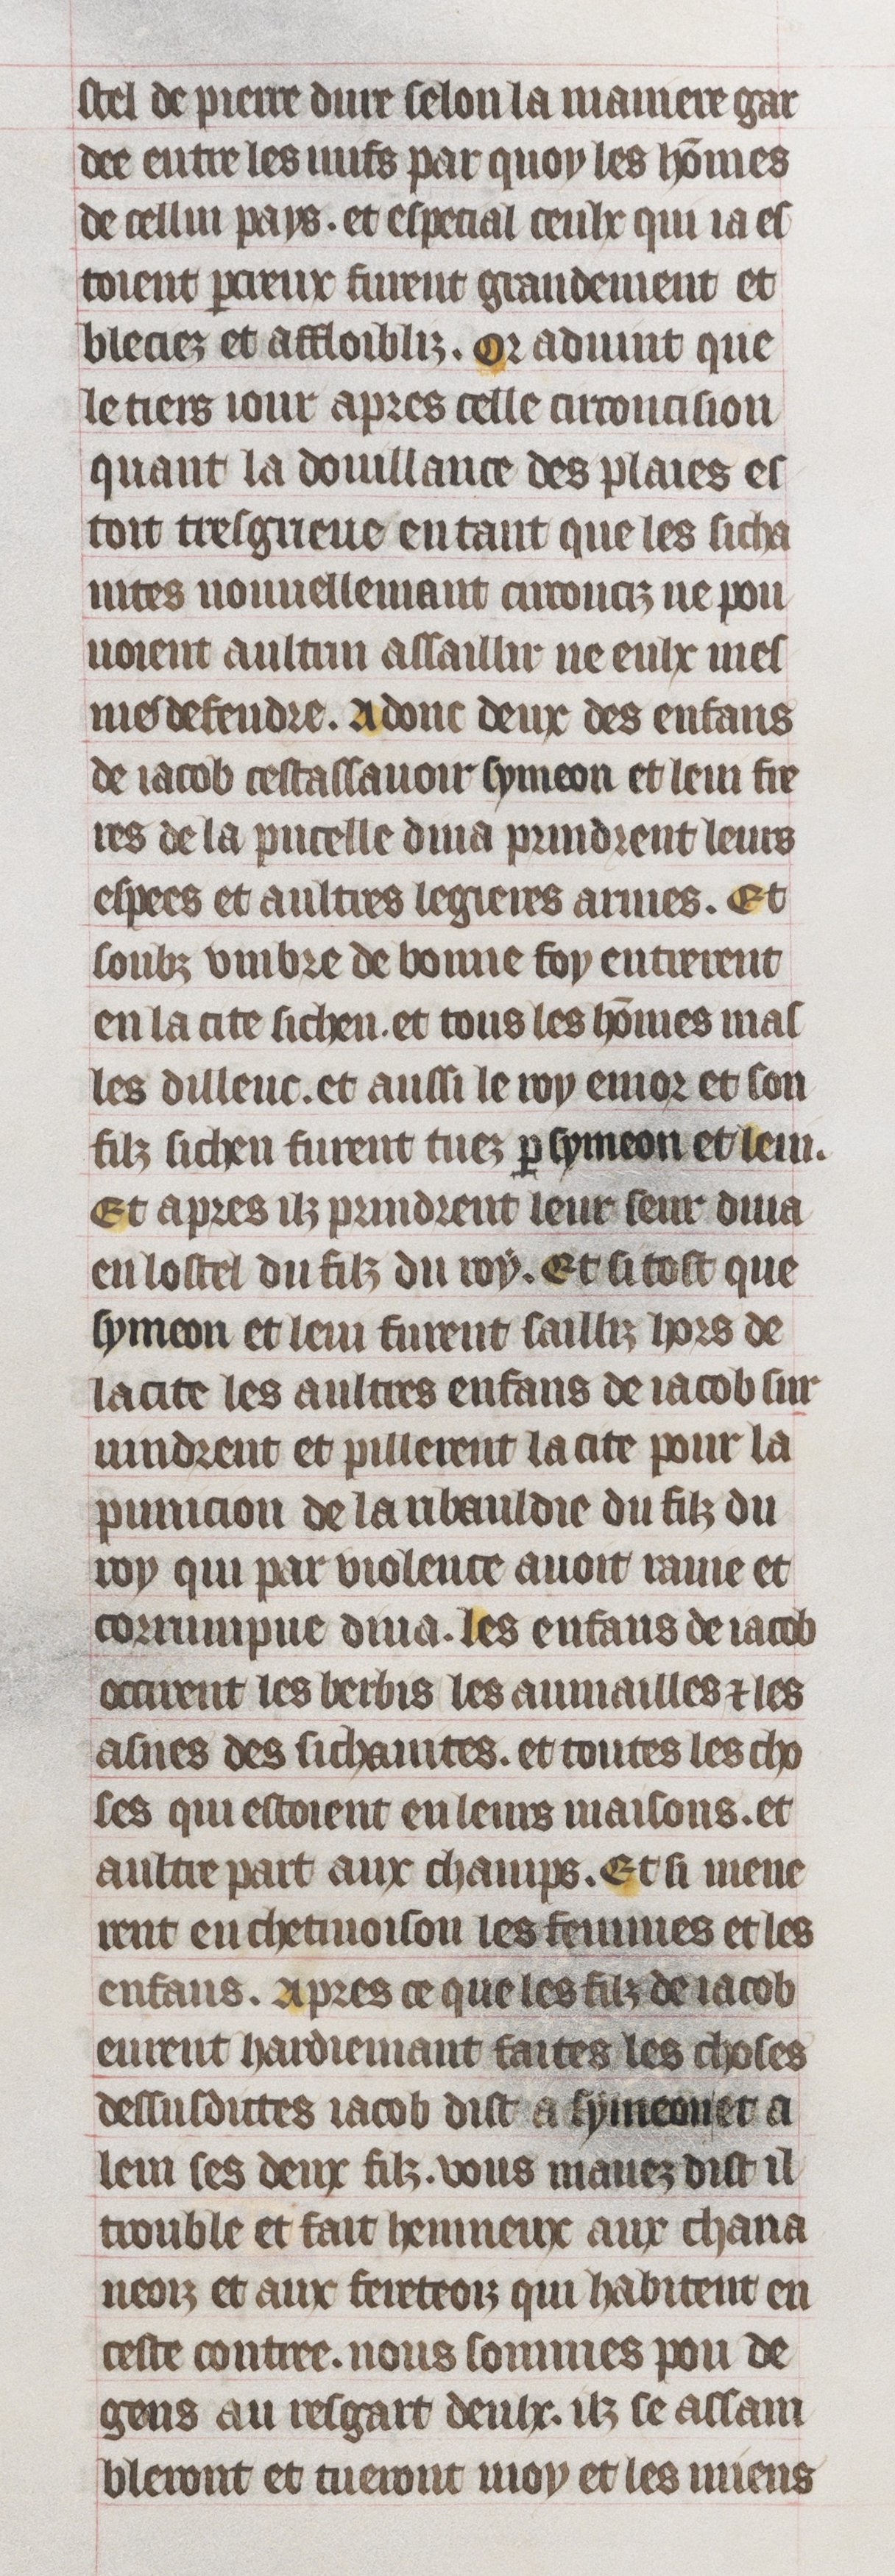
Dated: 1395–1425